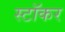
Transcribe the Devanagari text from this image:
स्टॉकर